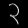
Digit: ၃